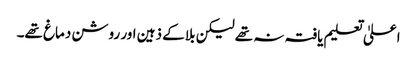
اعلیٰ تعلیم یافتہ نہ تھے لیکن بلا کے ذہین اور روشن دماغ تھے۔